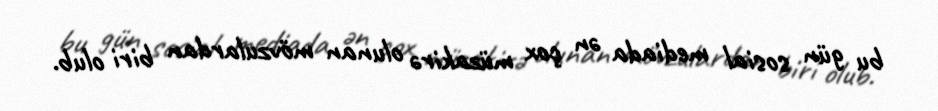
bu gün sosial mediada ən çox müzakirə olunan mövzulardan biri olub.